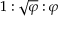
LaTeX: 1 : { \sqrt { \varphi } } : \varphi